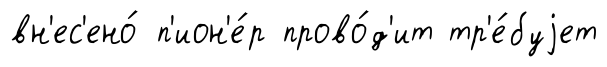
вн'ес'ено́ п'ион'е́р прово́д'ит тр'е́буjет